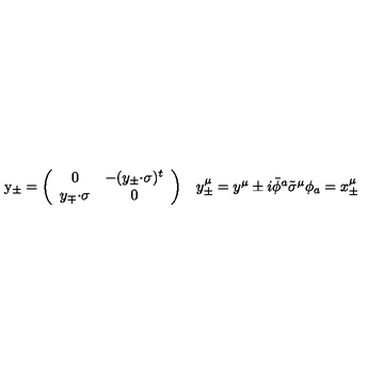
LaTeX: \begin{array} { c c } { \mathrm { y } _ { \pm } = \left( \begin{array} { c c } { 0 } & { - ( y _ { \pm } { \cdot \sigma } ) ^ { t } } \\ { y _ { \mp } { \cdot \sigma } } & { 0 } \\ \end{array} \right) } & { y _ { \pm } ^ { \mu } = y ^ { \mu } \pm i \bar { \phi } { } ^ { a } \tilde { \sigma } ^ { \mu } \phi _ { a } = x _ { \pm } ^ { \mu } } \\ \end{array}